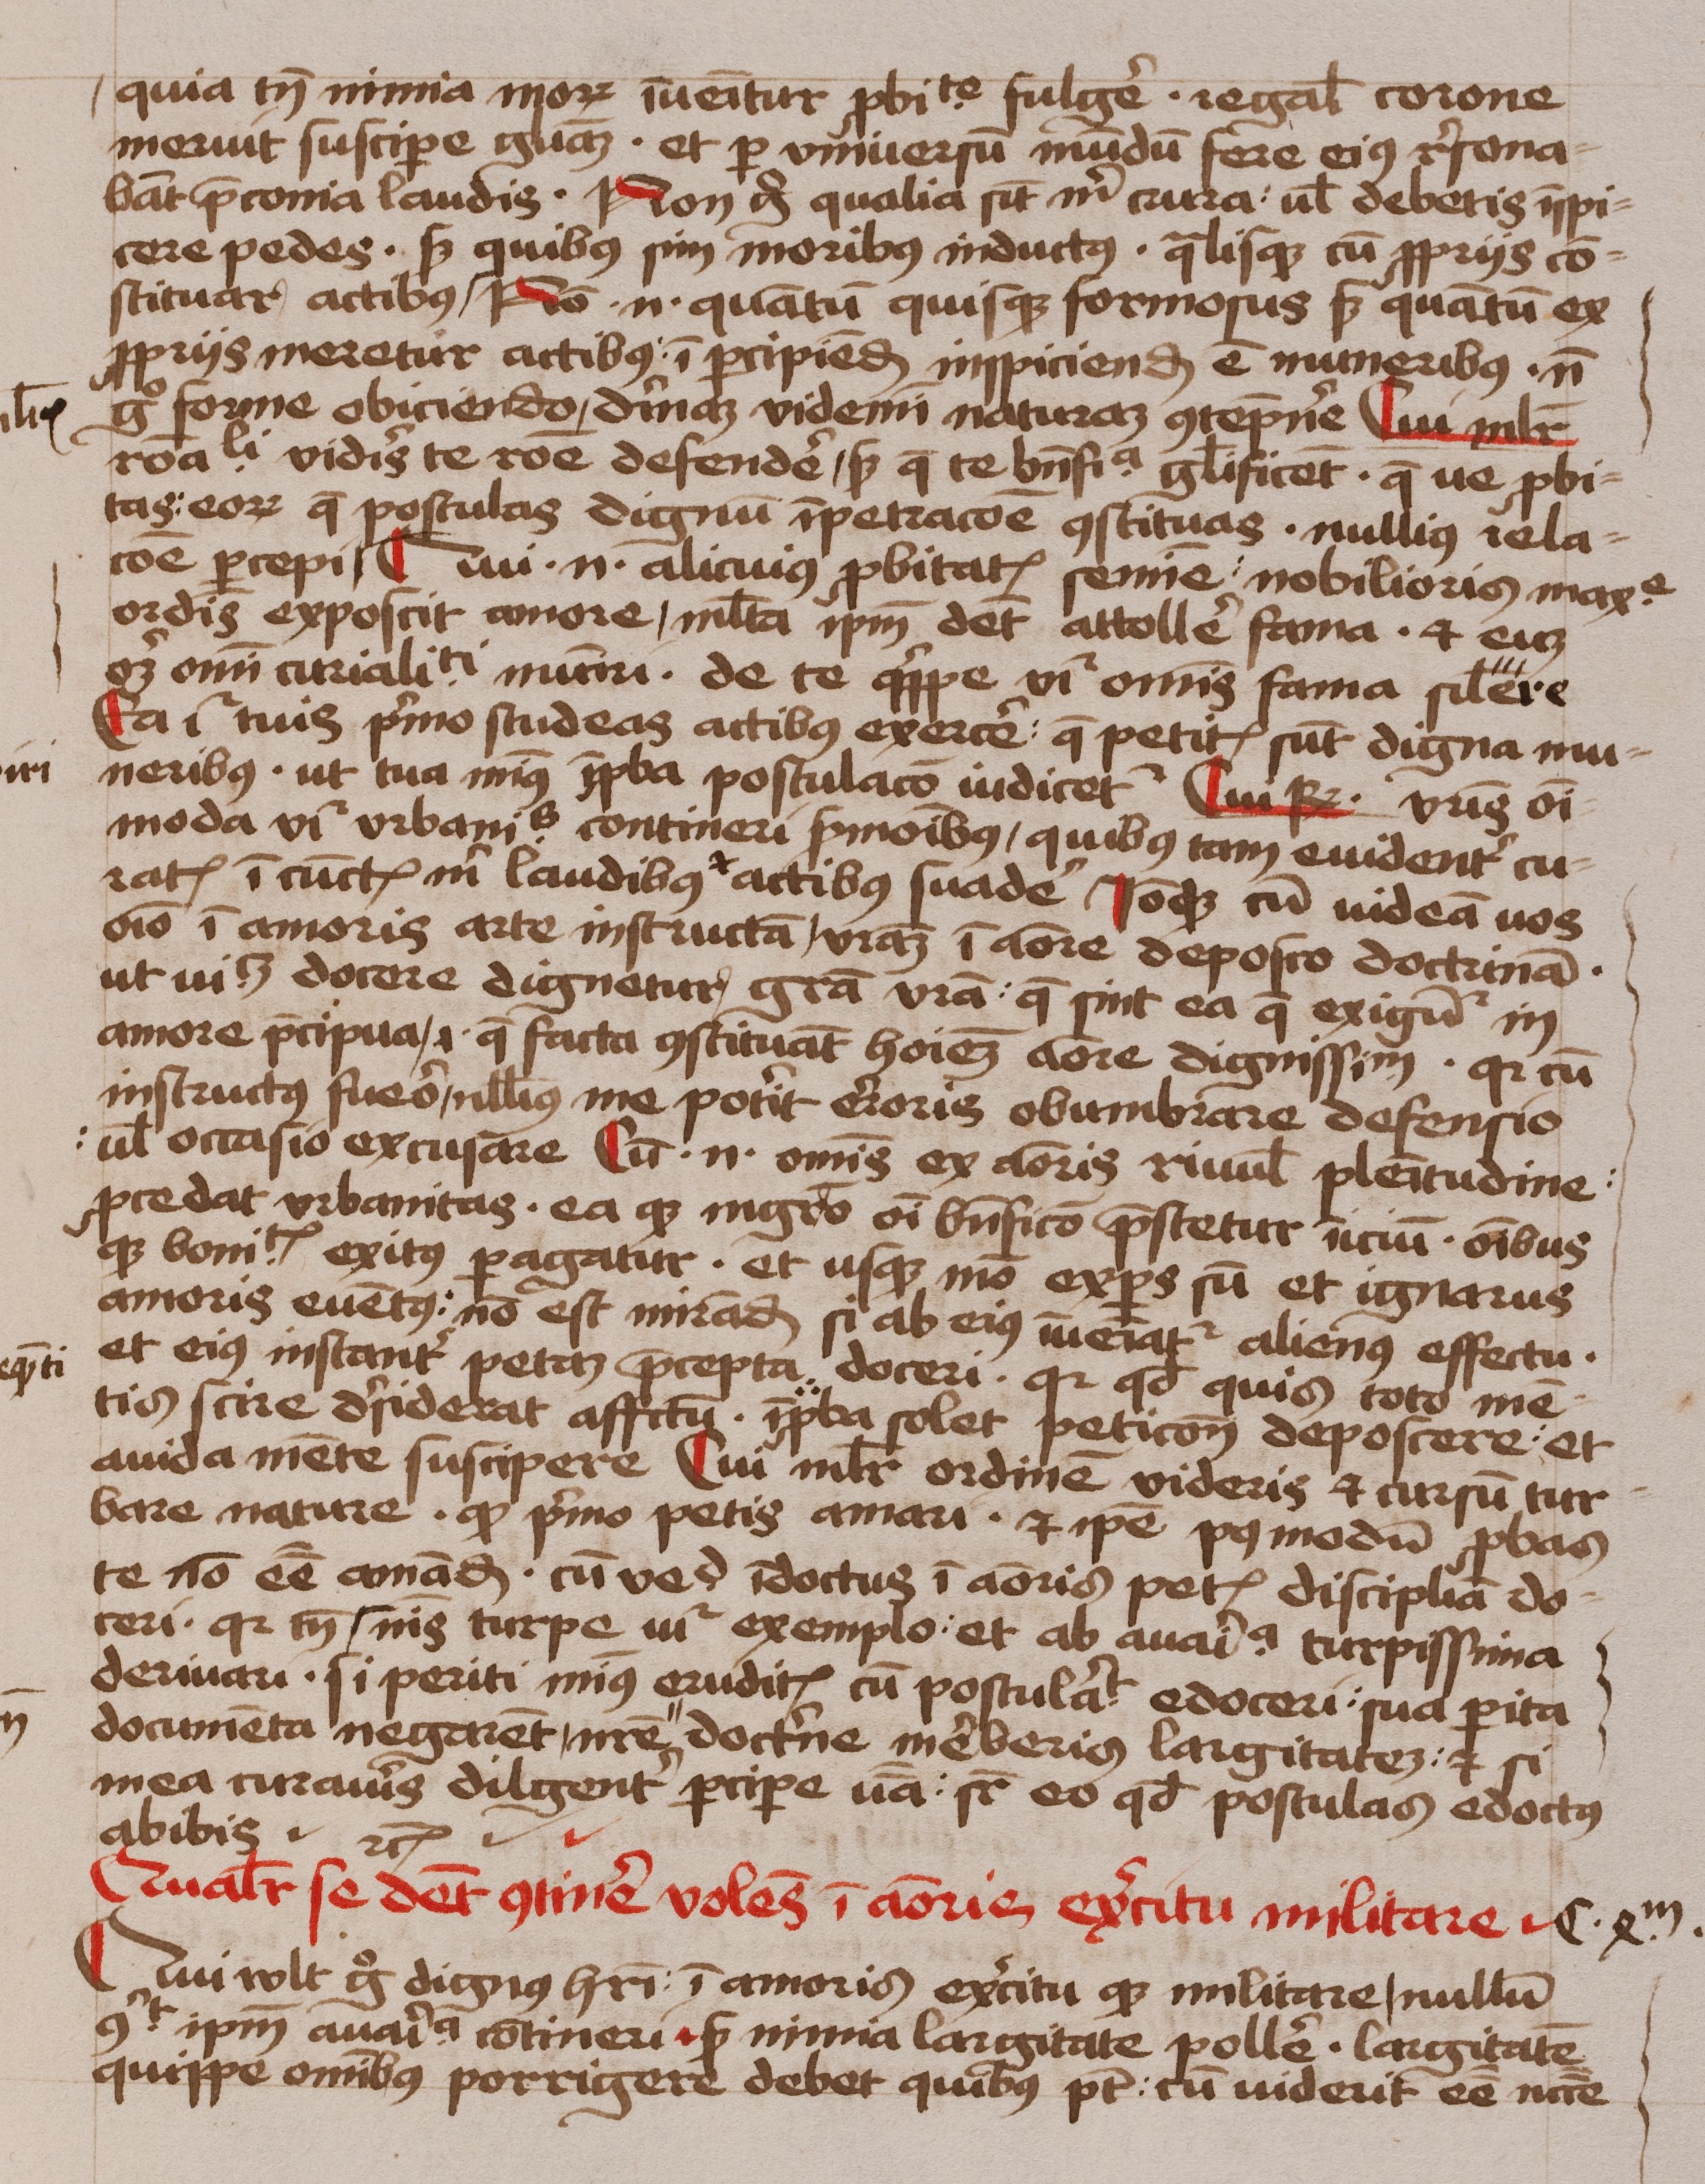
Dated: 1450–1474